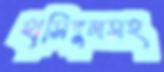
হাসিবুলসহ